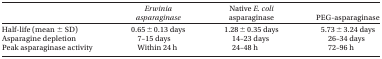
<table><thead><tr><td><b> </b></td><td><b><i>Erwinia asparaginase</i></b></td><td><b>Native <i>E. coli</i> asparaginase</b></td><td><b>PEG-asparaginase</b></td></tr></thead><tbody><tr><td>Half-life (mean ± SD)</td><td>0.65 ± 0.13 days</td><td>1.28 ± 0.35 days</td><td>5.73 ± 3.24 days</td></tr><tr><td>Asparagine depletion</td><td>7–15 days</td><td>14–23 days</td><td>26–34 days</td></tr><tr><td>Peak asparaginase activity</td><td>Within 24 h</td><td>24–48 h</td><td>72–96 h</td></tr></tbody></table>